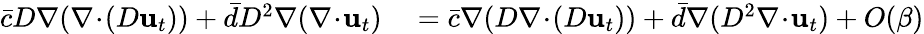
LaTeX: \begin{array}{rl}{\bar{c}D\nabla(\nabla\! \cdot\! (D\mathbf{u}_{t}))+\bar{d}D^{2}\nabla(\nabla\! \cdot\! \mathbf{u}_{t})}&{{}=\bar{c}\nabla(D\nabla\! \cdot\! (D\mathbf{u}_{t}))+\bar{d}\nabla(D^{2}\nabla\! \cdot\! \mathbf{u}_{t})+O(\beta)}\end{array}